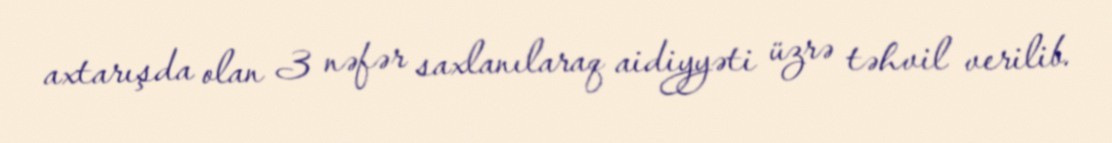
axtarışda olan 3 nəfər saxlanılaraq aidiyyəti üzrə təhvil verilib.